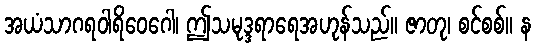
အယံသာဂရဝါရိဝေဂေါ၊ ဤသမုဒ္ဒရာရေအဟုန်သည်။ ဇာတု၊ စင်စစ်။ န